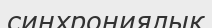
синхрониялық